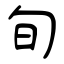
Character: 旬